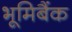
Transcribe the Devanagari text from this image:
भूमिबैंक